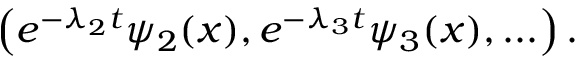
\left( e ^ { - \lambda _ { 2 } t } \psi _ { 2 } ( x ) , e ^ { - \lambda _ { 3 } t } \psi _ { 3 } ( x ) , . . . \right) .